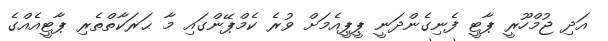
އަދި ޖުމްހޫރީ ޕާޓީ ފެނިގެންދަނީ ޕީޕީއެމަށް ވުރެ ކެމްޕޭންގައި މާ ޙަރަކާތްތެރި ޕާޓީއެއްގެ